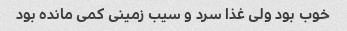
خوب بود ولی غذا سرد و سیب زمینی کمی مانده بود